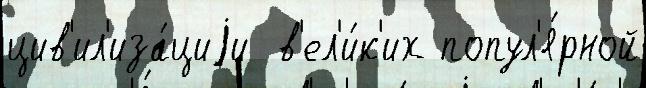
цив'ил'иза́циjи  в'ел'и́к'их попул'я́рной